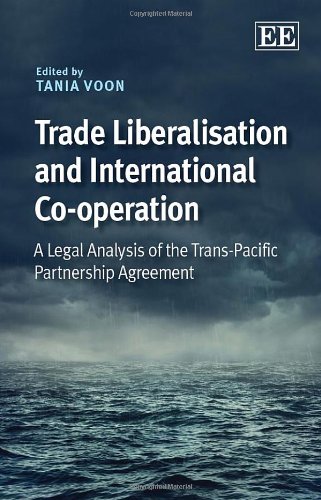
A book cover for Trade Liberalisation and International Co-operation: A Legal Analysis of the Trans-Pacific Partnership Agreement; Tania Voon; Law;